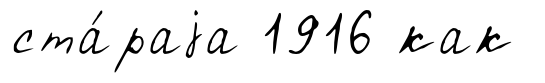
ста́раjа 1916 как